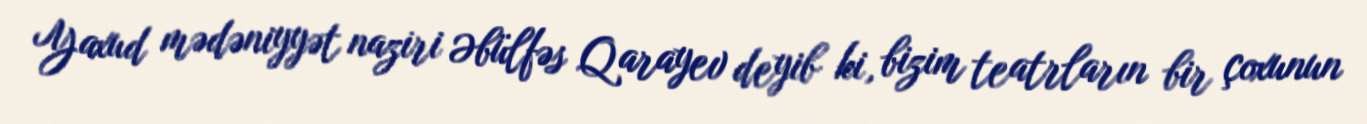
Yaxud mədəniyyət naziri Əbülfəs Qarayev deyib ki, bizim teatrların bir çoxunun